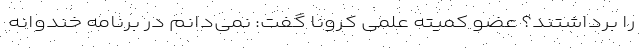
را برداشتند؟ عضو کمیته علمی کرونا گفت: نمی‌دانم در برنامه خندوانه